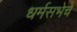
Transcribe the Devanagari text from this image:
धर्मसभेचे